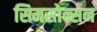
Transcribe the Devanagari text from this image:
सिमसोन्सन